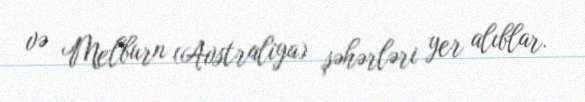
və Melburn (Avstraliya) şəhərləri yer alıblar.